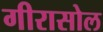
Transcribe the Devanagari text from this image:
गीरासोल